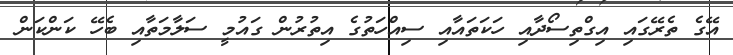
އޭގެ ތެރޭގައި އިގްތިސޯދާއި ހަކަތައާއި ސިއްހަތުގެ އިތުރުން ގައުމީ ސަލާމަތާއި ބެހޭ ކަންކަން